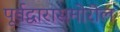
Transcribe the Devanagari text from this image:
पूर्वद्वारासमोरील